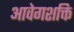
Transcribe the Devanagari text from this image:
आवेगशक्ति